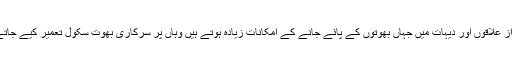
دوردراز علاقوں اور دیہات میں جہاں بھوتوں کے پائے جانے کے امکانات زیادہ ہوتے ہیں وہاں پر سرکاری بھوت سکول تعمیر کیے جاتے ہیں ۔